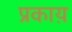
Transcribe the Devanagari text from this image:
प्रकाय़